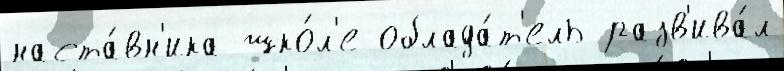
наста́вн'ика шко́л'е облада́т'ель разв'ива́л